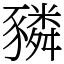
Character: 𧲂